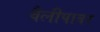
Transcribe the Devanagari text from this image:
वैलीपावर